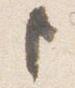
ト